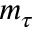
m _ { \tau }